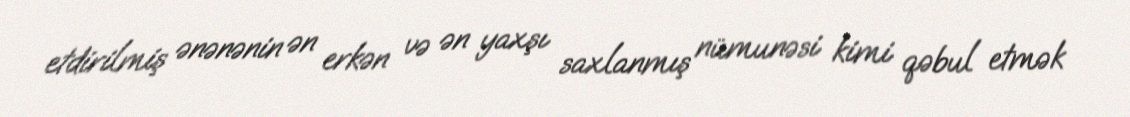
etdirilmiş ənənənin ən erkən və ən yaxşı saxlanmış nümunəsi kimi qəbul etmək